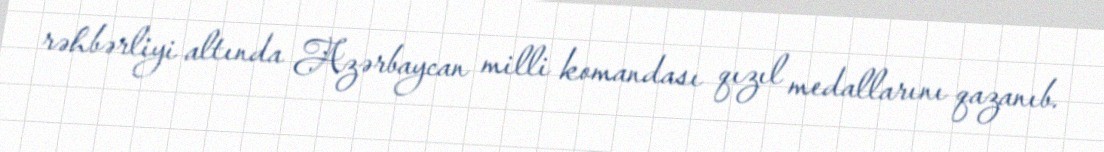
rəhbərliyi altında Azərbaycan milli komandası qızıl medallarını qazanıb.